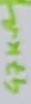
Text: 47KΩ